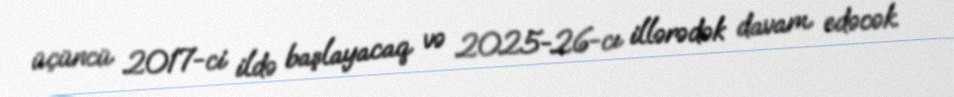
üçüncü 2017-ci ildə başlayacaq və 2025-26-cı illərədək davam edəcək.